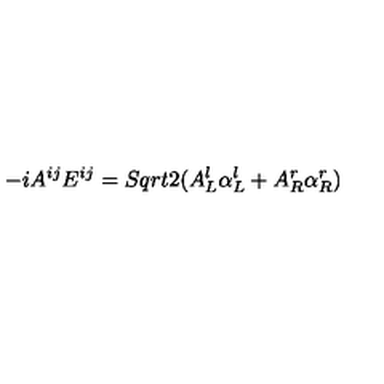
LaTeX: - i A ^ { i j } E ^ { i j } = S q r t { 2 } ( A _ { L } ^ { l } \alpha _ { L } ^ { l } + A _ { R } ^ { r } \alpha _ { R } ^ { r } )